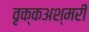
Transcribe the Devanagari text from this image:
वृक्कअश्मरी